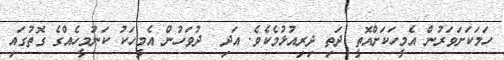
ހަމަކަށަވަރުން އެމީހަކަށްއޮތީ ދަތި ދިރިއުޅުމެކެވެ. އަދި  ދުވަހުން އެމީހަކު ކަނުމީހެއްގެ ގޮތުގައި